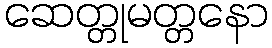
ဆေတ္တုမတ္တနော